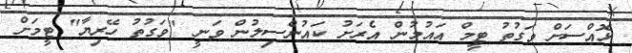
ޅޮއްސަށް ވަގުތު ޓީމް އައުމުން އެރަށު ކައުންސިލުން ވަނީ "ވަގުތު ހޭރިޔާ" ޓީމަށް